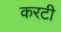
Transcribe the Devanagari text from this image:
करटी